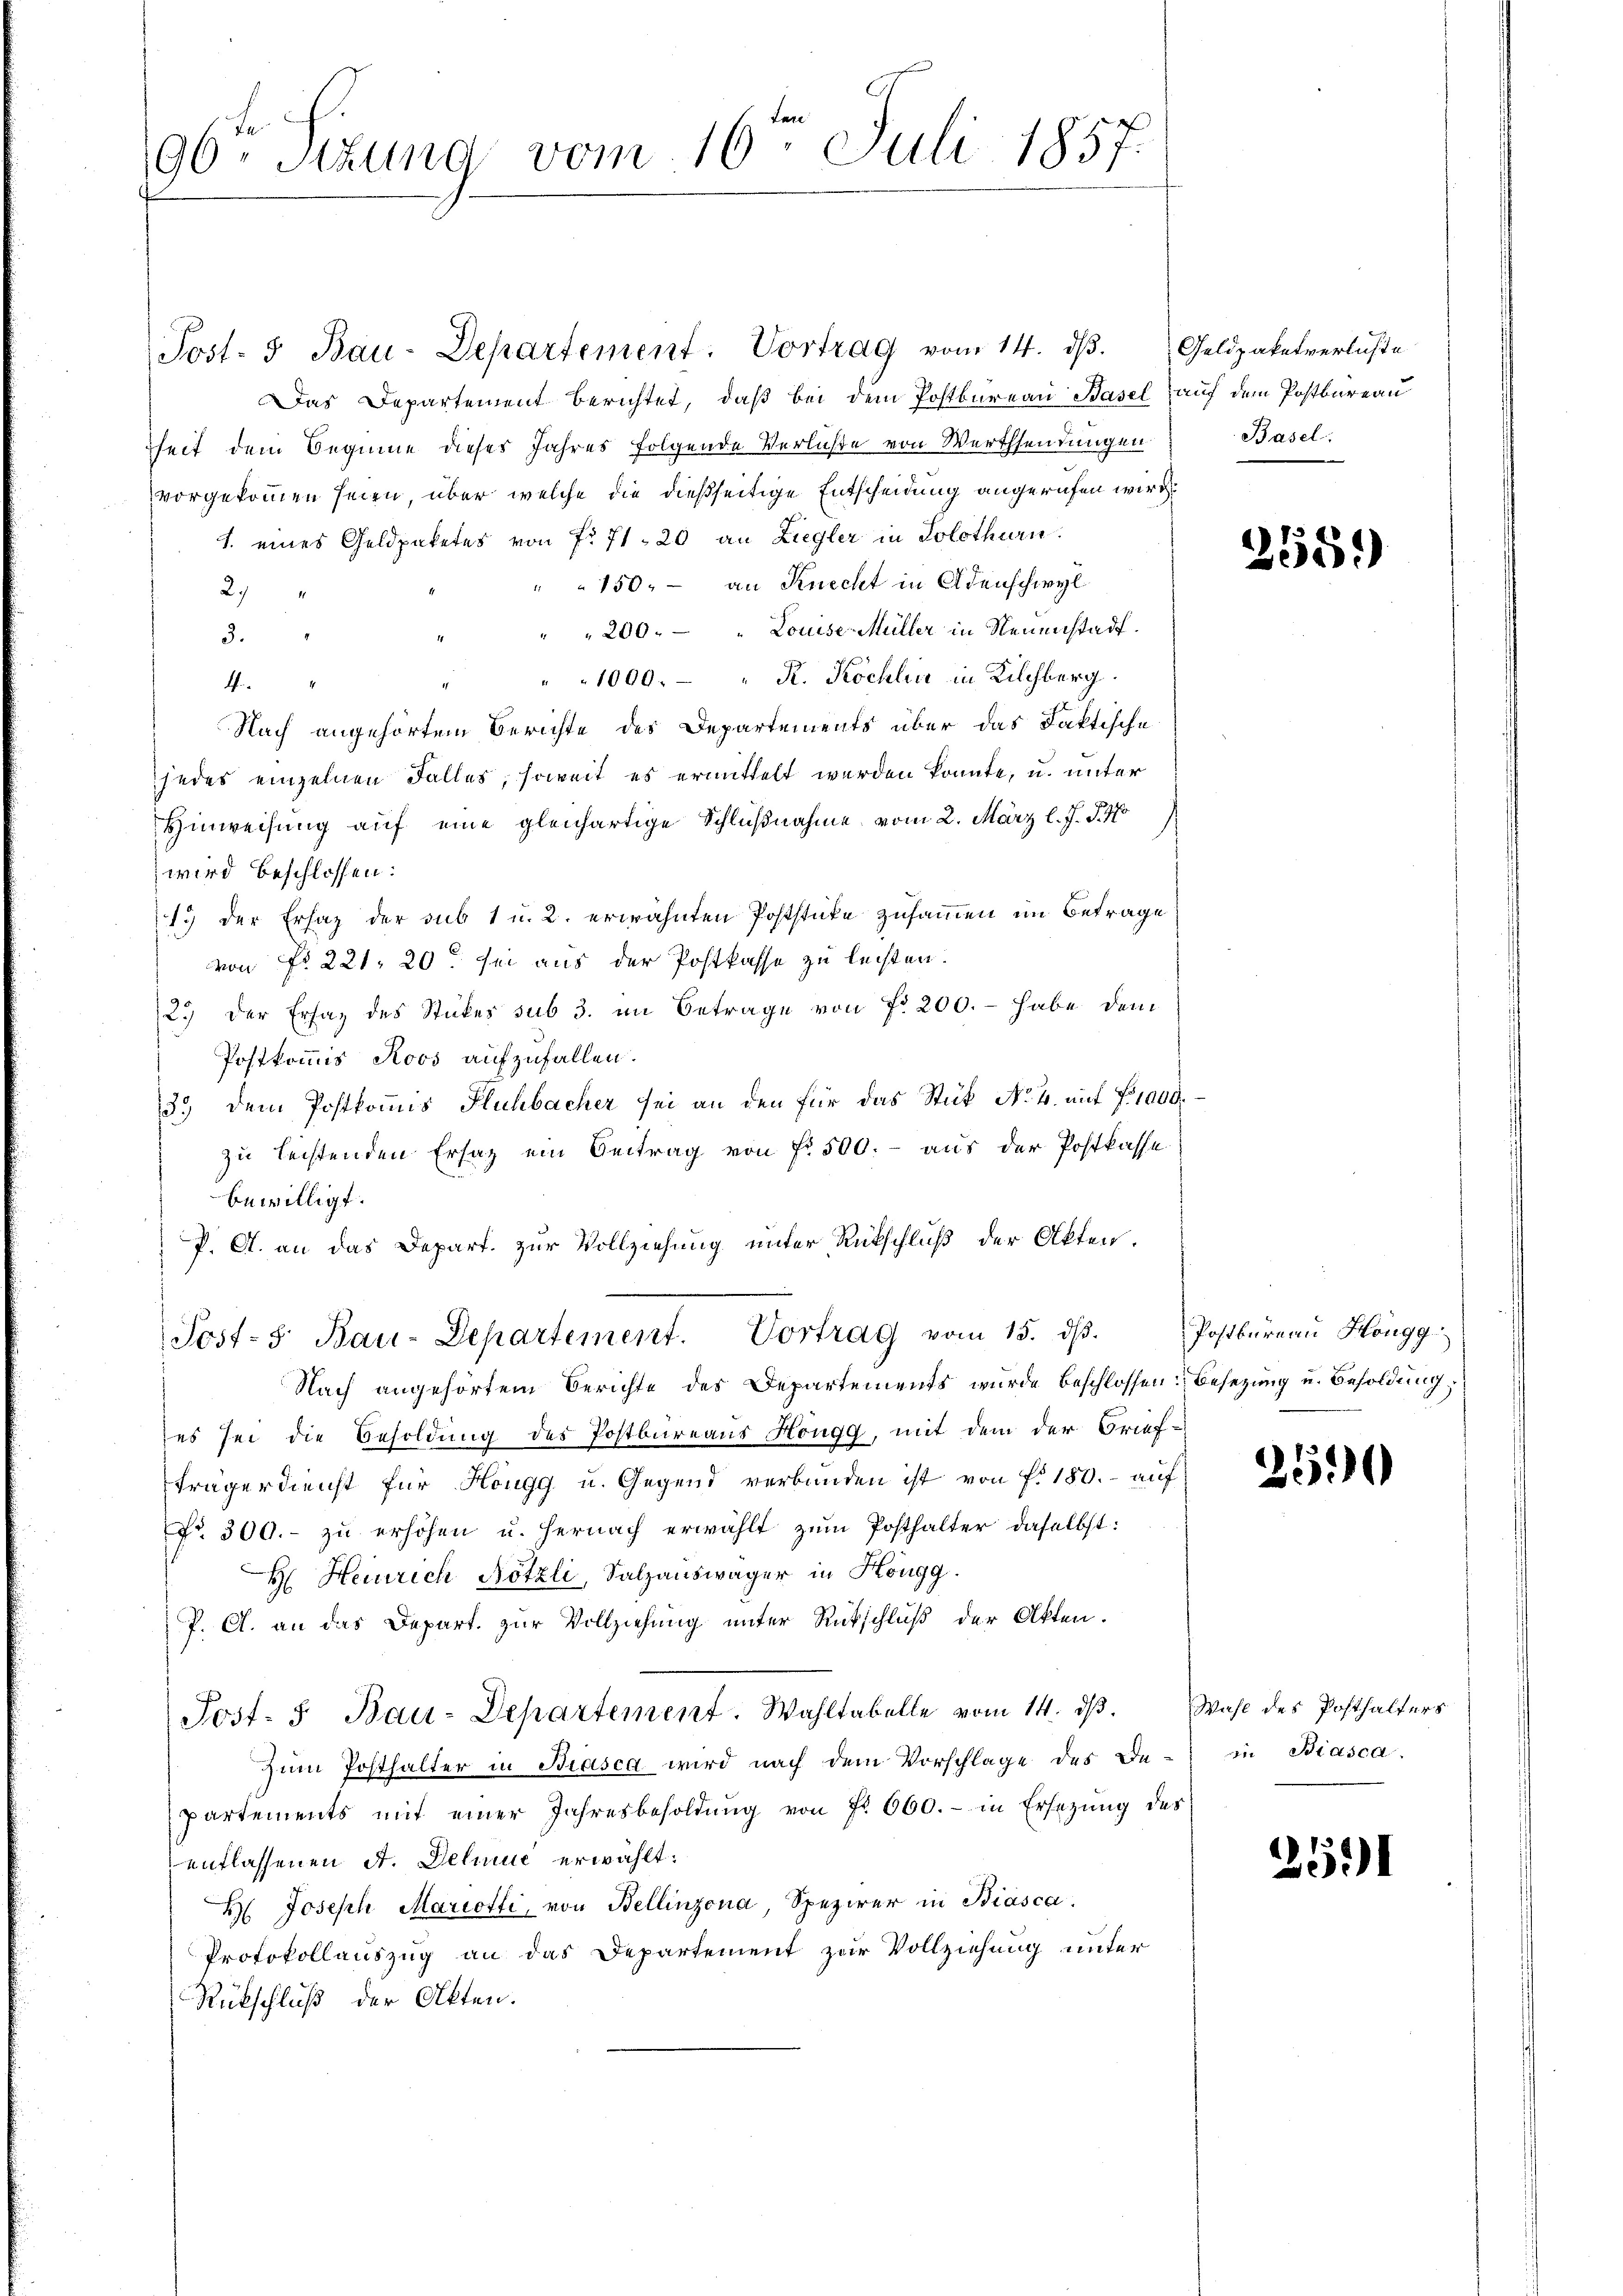
96. Sitzung vom 16ten Juli 1857.

Post. 3 Bau-Departement. Vortrag vom 14. dβ. Geldpaketverluste
Das Departement berichtet, daß bei dem Postbureau Basel auf dem Postbureau
heit dem Beginne dieses Jahres folgende Verluste von Werthsendungen.
vorgekommen seien, über welche die dießseitige Entscheidung angerufen wird
1. eines Geldpaketes von Fr. 71. 20 an Ziegler in Solothurn.
" 150.- an Knecht in Adenschwyl
29
200. - " Louise Müller in Neuenstadt.
d
" 1000. - " K. Köchlin in Kilchberg.
4
Nach angehörtem Berichte des Departements über das Faktische
jedes einzelnen Falles, soweit es ermittelt werden könnte, u. unter
Hinweisung auf eine gleichartige Schlußnahme vom 2. März l. J. J. 170)
wird beschlossen:
19 der Ersatz der sub 1 u. 2. erwähnten Poststicke zusammen im Betrage
von No 221, 20. sei aus der Postkasse zu leisten.
2.) Der Ersaz des Stückes sub 3. im Betrage von fr 200. - habe dem
Postkommis Roos aufzufallen.
3.) dem Postkommis Fluhbacher sei an den für das Stück No. 4. mit fr. 1000.
zu leistenden Ersatz ein Beitrag von fr. 500.- aus der Postkasse
bewilligt.
P. A. an das Depart. zur Vollziehung unter Rückschluß der Akten.
Post-S. Bau-Departement. Vortrag vom 15. dβ.
Nach angehörtem Berichte des Departements wurde beschlossen: Besetzung u. Besoldung,
es sei die Besoldung des Postbureaus Höngg, mit dem der Brief-
Frägerdienst für Hougg u. Gegend verbunden ist von f. 180. - auf
Fr. 300.- zŭ erhöhen u. hernach erwählt zŭm Posthalter daselbst:
H Heinrich Nötzli, Salzauswäger in Höngg.
P. A. an das Depart. zur Vollziehung unter Rückschluß der Akten.
Post- u Bau-Departement. Wahltabelle vom 14. dβ. Wahl des Posthalters
Zum Posthalter in Biasca wird nach dem Vorschlage des De-
partements mit einer Jahresbesoldŭng von Fr. 660.- in Ersetzŭng des
entlassenen A. Deliue erwählt:
H. Joseph Mariotti, von Bellinzona, Spezirer in Biasca.
Protokollauszug an das Departement zur Vollziehung unter
Rückschluß der Akten.

Basel:

2551)

Postbureau Höngg

2590

in Biasca.

2591